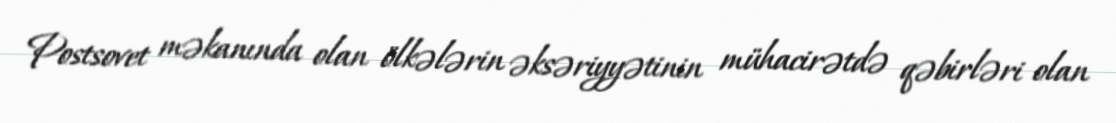
Postsovet məkanında olan ölkələrin əksəriyyətinin mühacirətdə qəbirləri olan